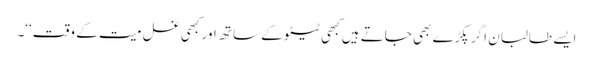
ایسے طالبان اگر پکڑے بھی جاتے ہیں کبھی ٹیٹو کے ساتھ اور کبھی غسل میت کے وقت‘‘۔